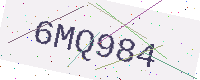
Text: 6MQ984